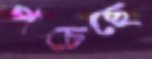
পচেছে